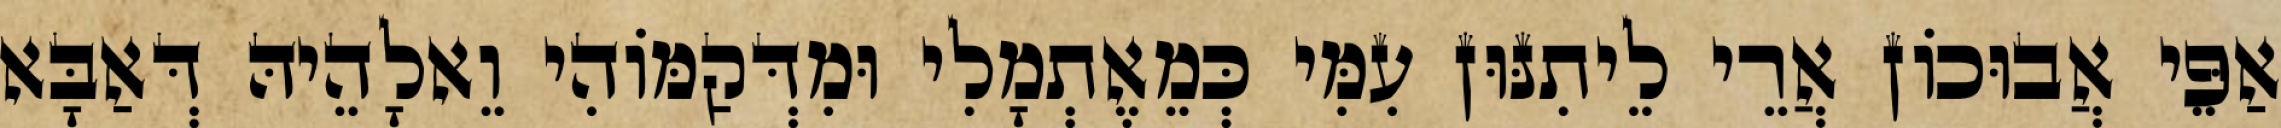
אַפֵּי אֲבוּכוֹן אֲרֵי לֵיתִנּוּן עִמִּי כְּמֵאֶתְמָלִי וּמִדְּקַמּוֹהִי וֵאלָהֵיהּ דְּאַבָּא